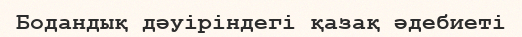
Бодандық дәуіріндегі қазақ әдебиеті